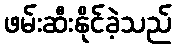
ဖမ်းဆီးနိုင်ခဲ့သည်